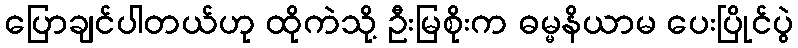
ပြောချင်ပါတယ်ဟု ထိုကဲသို့ ဦးမြစိုးက ဓမ္မနိယာမ ပေးပြိုင်ပွဲ